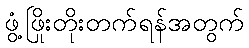
ဖွံ့ဖြိုးတိုးတက်ရန်အတွက်